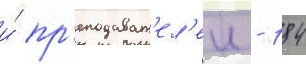
и́ пр'еподават'ел'еи - 184